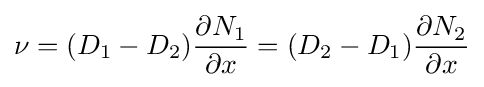
\nu =(D_{1}-D_{2}){\frac {\partial N_{1}}{\partial x}}=(D_{2}-D_{1}){\frac {\partial N_{2}}{\partial x}}